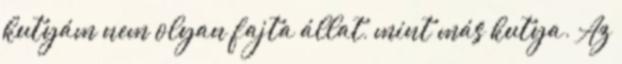
kutyám nem olyan fajta állat, mint más kutya. Az